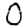
Digit: 0